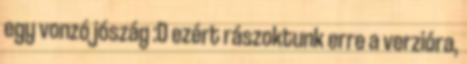
egy vonzó jószág :D ezért rászoktunk erre a verzióra,